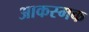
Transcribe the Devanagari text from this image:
आकस्मक